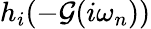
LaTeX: h_{i}(-\mathcal{G}(i\omega_{n}))